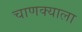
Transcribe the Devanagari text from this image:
चाणक्याला